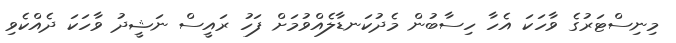
މިނިސްޓަރުގެ ވާހަކަ އެހާ ހިސާބުން މެދުކަނޑާލެއްވުމަށް ފަހު ރައީސް ނަޝީދު ވާހަކަ ދެއްކެވި